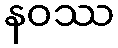
နဝဿ